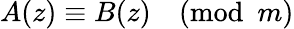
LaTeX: A(z)\equiv B(z){\pmod{m}}